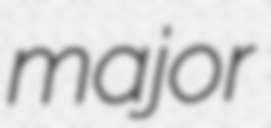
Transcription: major